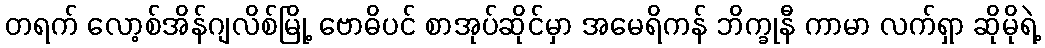
တရက် လော့စ်အိန်ဂျလိစ်မြို့ ဗောဓိပင် စာအုပ်ဆိုင်မှာ အမေရိကန် ဘိက္ခုနီ ကာမာ လက်ရှာ ဆိုမိုရဲ့